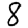
Digit: 8